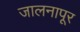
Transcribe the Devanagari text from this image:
जालनापूर